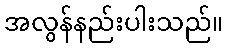
အလွန်နည်းပါးသည်။